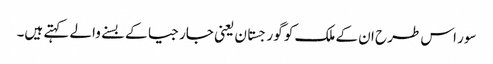
سور اس طرح ان کے ملک کو گورجستان یعنی جارجیا کے بسنے والے کہتے ہیں۔